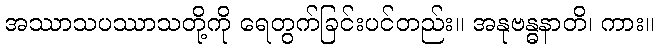
အဿာသပဿာသတို့ကို ရေတွက်ခြင်းပင်တည်း။ အနုဗန္ဓနာတိ၊ ကား။